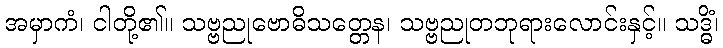
အမှာကံ၊ ငါတို့၏။ သဗ္ဗညုဗောဓိသတ္တေန၊ သဗ္ဗညုတဘုရားလောင်းနှင့်။ သဒ္ဓိံ၊